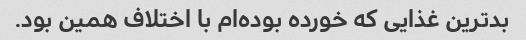
بدترین غذایی که خورده بوده‌ام با اختلاف همین بود.